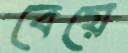
বেয়ে